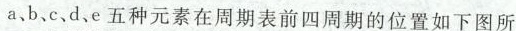
a、b、c、d、e五种元素在周期表前四周期的位置如下图所